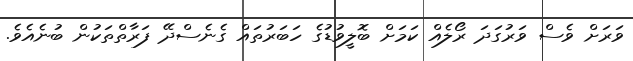
ވަރަށް ވެސް ވަރުގަދަ ރޯލެއް ކަމަށް ބޮލީވުޑުގެ ހަބަރުތައް ގެނެސްދޭ ފަރާތްތަކުން ބުނެއެވެ.